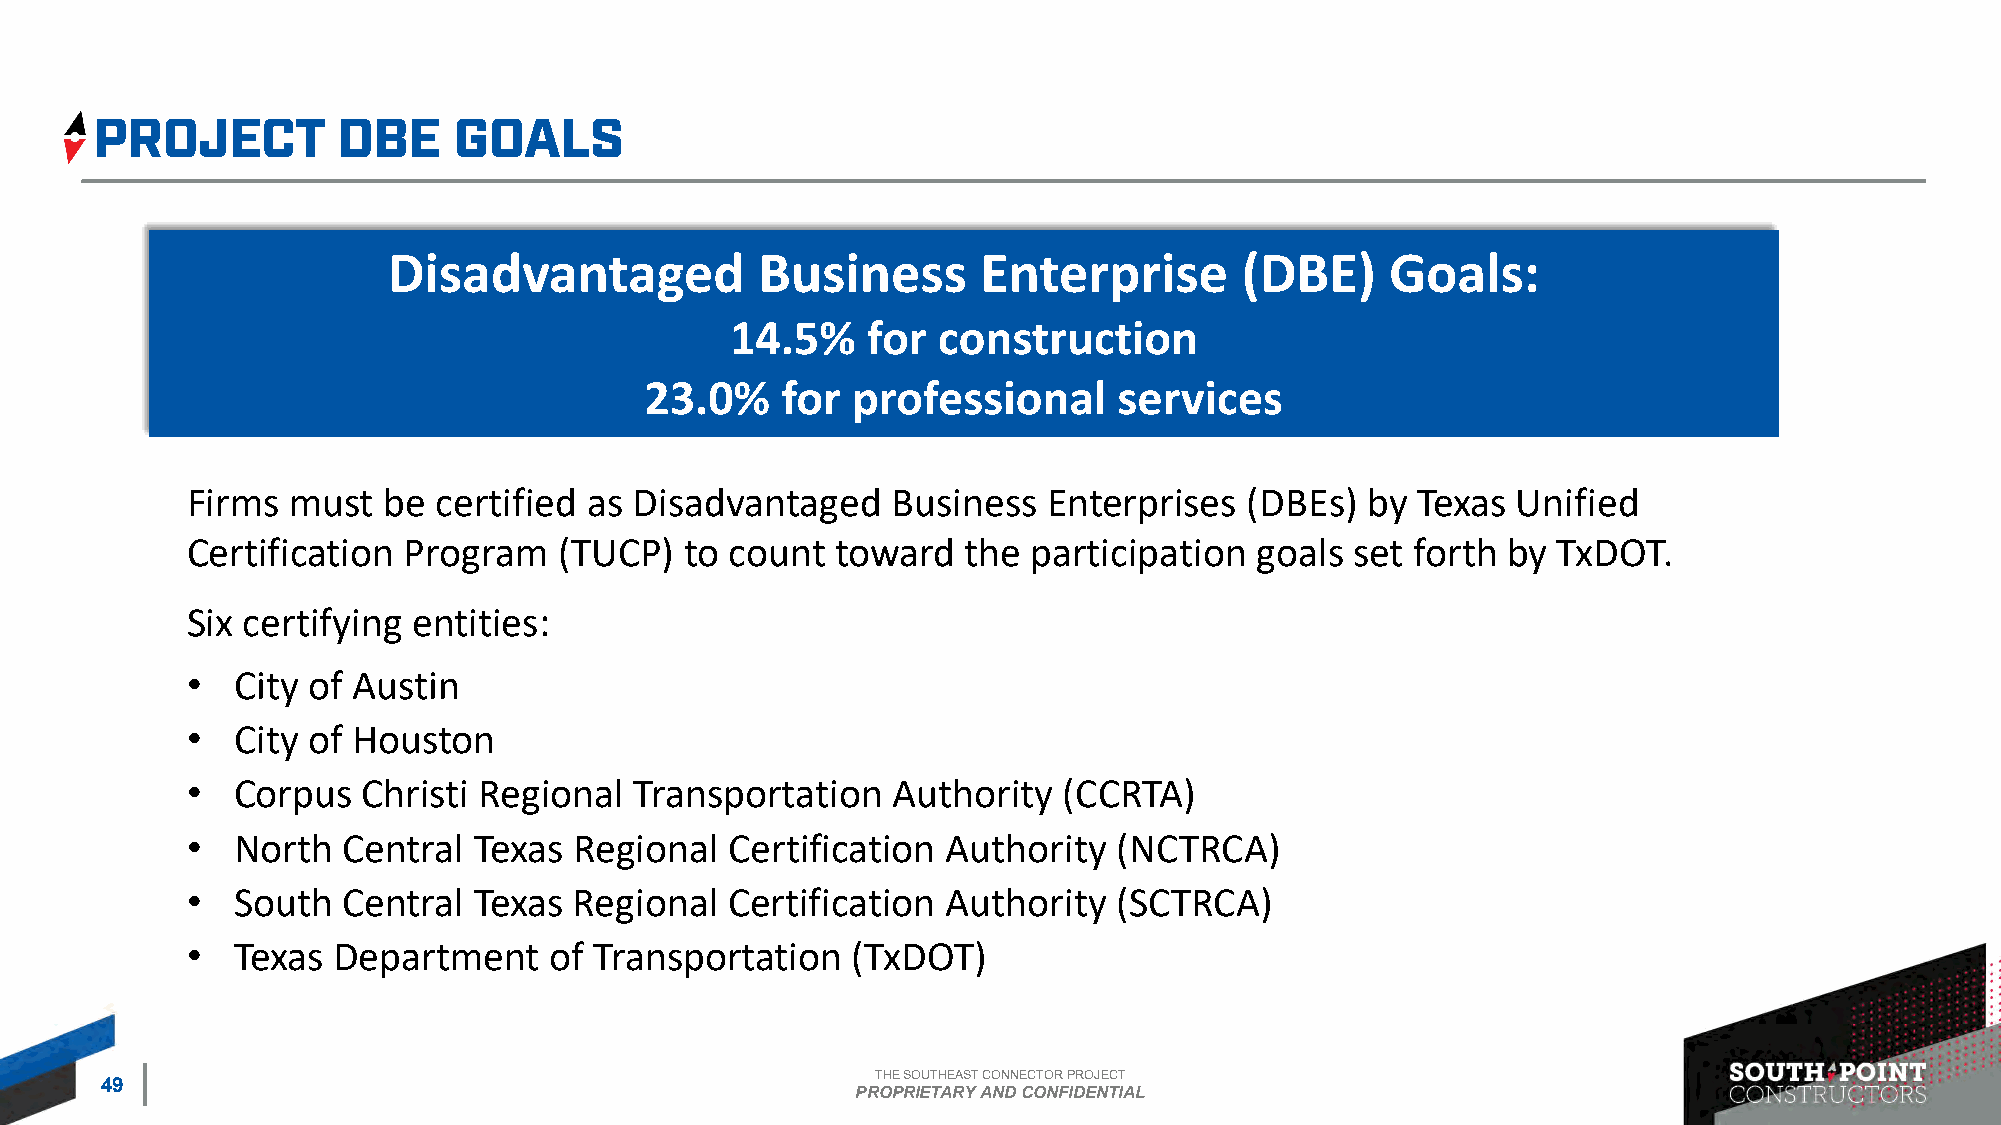
Disadvantaged           Business       Enterprise       (DBE)     Goals:
 14.5%    for  construction
 23.0%    for professional      services
 Firms  must  be  certified as Disadvantaged    Business  Enterprises   (DBEs) by  Texas Unified
 Certification  Program   (TUCP)  to count  toward   the participation  goals  set forth by TxDOT.
 Six certifying entities:
 •  City of Austin
 •  City of Houston
 •  Corpus   Christi Regional  Transportation   Authority  (CCRTA)
 •  North   Central Texas  Regional  Certification  Authority  (NCTRCA)
 •  South   Central Texas  Regional  Certification  Authority  (SCTRCA)
 •  Texas  Department    of Transportation   (TxDOT)
 THE SOUTHEAST CONNECTOR PROJECT
 49
 PROPRIETARY AND CONFIDENTIAL